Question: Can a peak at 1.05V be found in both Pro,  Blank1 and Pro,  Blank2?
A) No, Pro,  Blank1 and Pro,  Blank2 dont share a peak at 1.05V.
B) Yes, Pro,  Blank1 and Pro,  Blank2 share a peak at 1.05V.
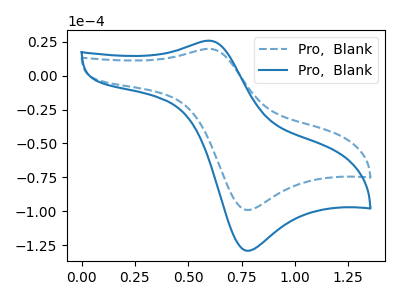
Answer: <think>The blue dashed curve "Pro,  Blank1" has an anodic peak at (0.60V, 19.85uA) and a cathodic peak at (0.75V, -99.10uA). The blue curve "Pro,  Blank2" has an anodic peak at (0.60V, 25.85uA) and a cathodic peak at (0.75V, -129.20uA).</think>
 <answer>A) No, "Pro,  Blank1" and "Pro,  Blank2" dont share a peak at 1.05V.</answer>
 <eval>A</eval>